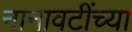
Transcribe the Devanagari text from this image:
नानावटींच्या